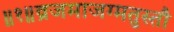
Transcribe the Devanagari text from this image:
॥१॥व्रजमाजग्मतुस्तौ